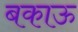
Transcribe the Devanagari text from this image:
बकाऊ